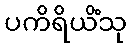
ပကိရိယိံသု